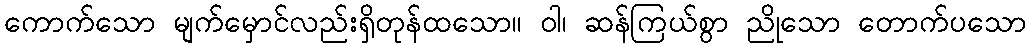
ကောက်သော မျက်မှောင်လည်းရှိတုန်ထသော။ ဝါ၊ ဆန်ကြယ်စွာ ညိုသော တောက်ပသော